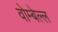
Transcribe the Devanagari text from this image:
वोम्बेल्ल